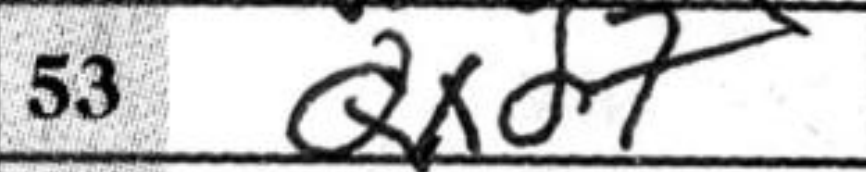
Transcription: Qxd7